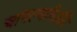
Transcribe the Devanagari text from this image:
चांगल्यारितीने